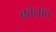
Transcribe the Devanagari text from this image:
कोनांत